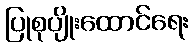
ပြုစုပျိုးထောင်ရေး